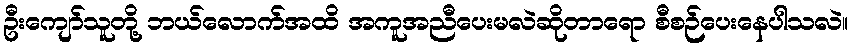
ဦးကျော်သူတို့ ဘယ်လောက်အထိ အကူအညီပေးမလဲဆိုတာရော စီစဉ်ပေးနေပါသလဲ။